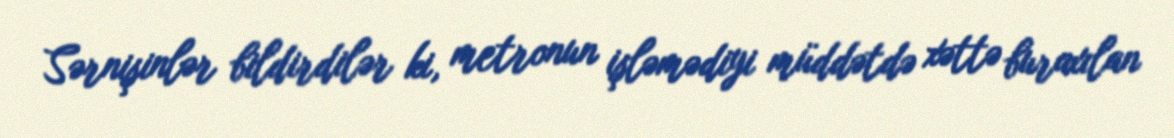
Sərnişinlər bildirdilər ki, metronun işləmədiyi müddətdə xəttə buraxılan